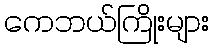
ကေဘယ်ကြိုးများ